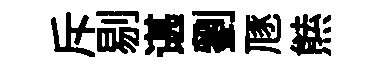
斥剔谌劉豗㷱